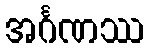
အင်္ဂဏဿ